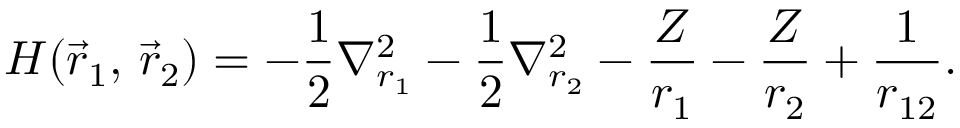
H ( { \vec { r } } _ { 1 } , \, { \vec { r } } _ { 2 } ) = - { \frac { 1 } { 2 } } \nabla _ { r _ { 1 } } ^ { 2 } - { \frac { 1 } { 2 } } \nabla _ { r _ { 2 } } ^ { 2 } - { \frac { Z } { r _ { 1 } } } - { \frac { Z } { r _ { 2 } } } + { \frac { 1 } { r _ { 1 2 } } } .